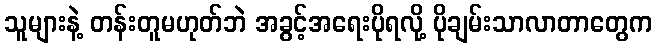
သူများနဲ့ တန်းတူမဟုတ်ဘဲ အခွင့်အရေးပိုရလို့ ပိုချမ်းသာလာတာတွေက